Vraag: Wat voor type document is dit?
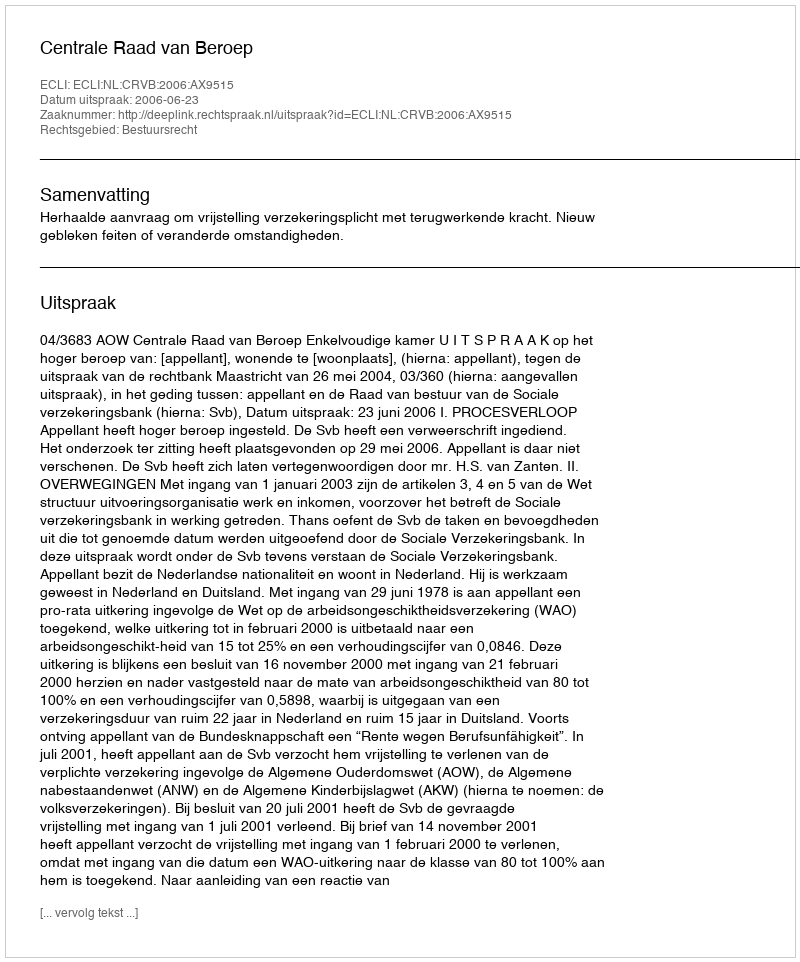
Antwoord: Uitspraak